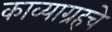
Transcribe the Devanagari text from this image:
काव्याग्रहचे